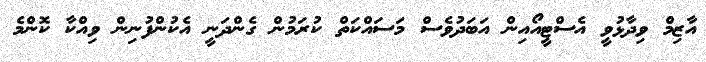
އާޒިމް ވިދާޅުވީ އެސްޓީއޯއިން އަބަދުވެސް މަސައްކަތް ކުރަމުން ގެންދަނީ އެކުންފުނިން ވިއްކާ ކޮންމެ